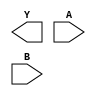
module andgate(output wire Y,
                             input wire A,B);
              
endmodule